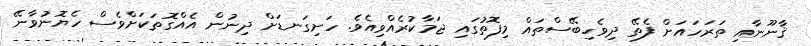
ޤާނޫނާއި ތަރަހައަށް ފެތޭ ދިވެހިބޭސްތައް މިފޮތުގައި ޖަމާކުރެއްވިއެވެ. ހަށިގަނޑަށް ދިނުން އެއްގޮތަކަށްވެސް ހެޔޮނުވާނޭ